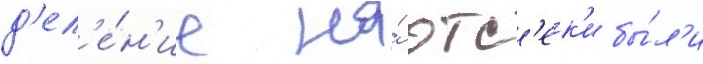
д'ел'е́н'ие на́ отс'ек'и бы́л'и